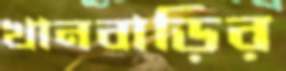
খানবাড়ির